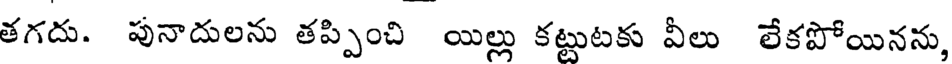
తగదు. పునాదులను తప్పించి యిల్లు కట్టుటకు వీలు లేకపోయినను,